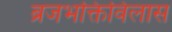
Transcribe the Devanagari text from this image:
ब्रजभक्तिविलास